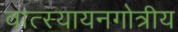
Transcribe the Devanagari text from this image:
वात्स्यायनगोत्रीय